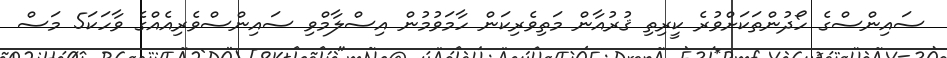
ސައިންސްގެ ހޯދުންތަކަށްވުރެ ކީރިތި ޤުރުއާން މަތިވެރިކަން ހާމަވުމުން އިސްލާމްވި ސައިންސްވެރިއެއްގެ ވާހަކަ5 މަސް